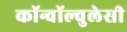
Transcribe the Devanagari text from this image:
कॉन्वॉल्वुलेसी